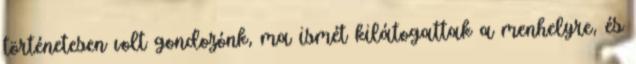
történetesen volt gondozónk, ma ismét kilátogattak a menhelyre, és